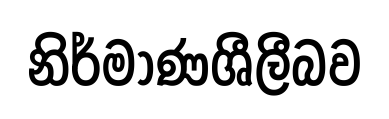
නිර්මාණශීලීබව